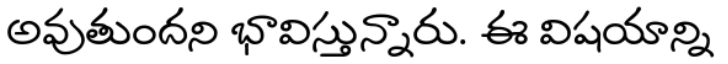
అవుతుందని భావిస్తున్నారు. ఈ విషయాన్ని